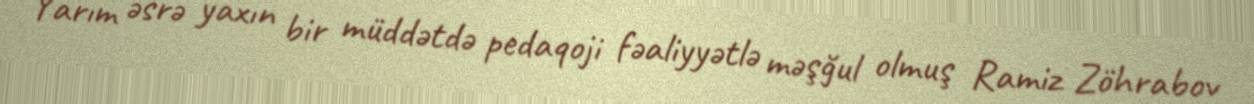
Yarım əsrə yaxın bir müddətdə pedaqoji fəaliyyətlə məşğul olmuş Ramiz Zöhrabov